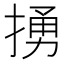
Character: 𢰭